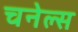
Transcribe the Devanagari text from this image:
चनेल्स